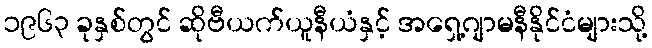
၁၉၆၃ ခုနှစ်တွင် ဆိုဗီယက်ယူနီယံနှင့် အရှေ့ဂျာမနီနိုင်ငံများသို့